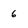
Character: 6